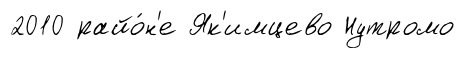
2010 райо́н'е Як'имцево Нутромо